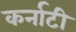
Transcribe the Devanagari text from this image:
कर्नाटी